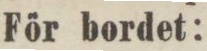
För bordet: